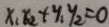
x _ { 1 } x _ { 2 } + y _ { 1 } y _ { 2 } = 0